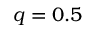
q = 0 . 5